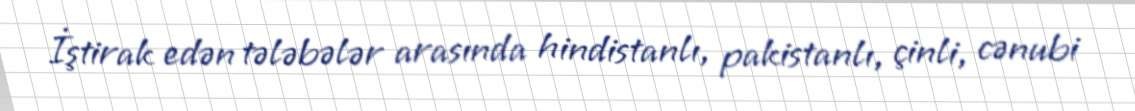
İştirak edən tələbələr arasında hindistanlı, pakistanlı, çinli, cənubi